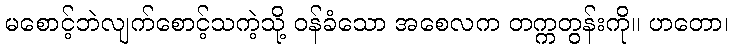
မစောင့်ဘဲလျက်စောင့်သကဲ့သို့ ဝန်ခံသော အစေလက တက္ကတွန်းကို။ ဟတော၊